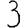
Digit: 3